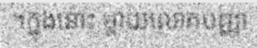
។ក្នុងនោះ ម្តាយលោកបញ្ញា